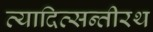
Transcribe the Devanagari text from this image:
व्यादित्सन्तीरथ